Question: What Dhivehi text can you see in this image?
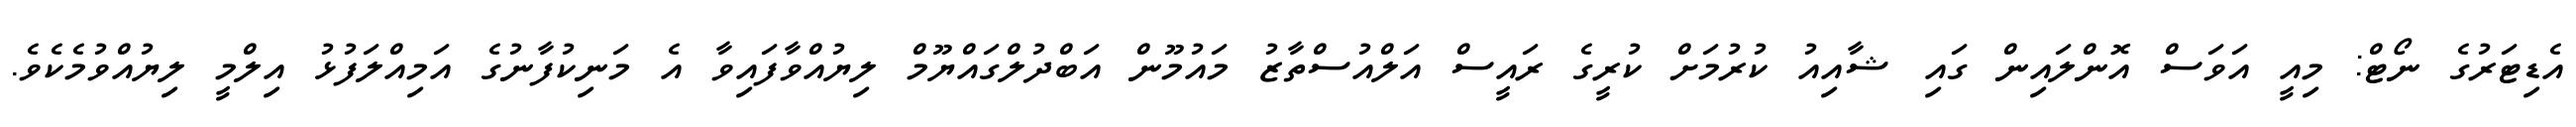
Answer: އެޑިޓަރުގެ ނޯޓް: މިއީ އަވަސް އޮންލައިން ގައި ޝާއިއު ކުރުމަށް ކުރީގެ ރައީސް އަލްއުސްތާޒު މައުމޫން އަބްދުލްގައްޔޫމް ލިޔުއްވާފައިވާ އެ މަނިކުފާނުގެ އަމިއްލަފުޅު އިލްމީ ލިޔުއްވުމެކެވެ.